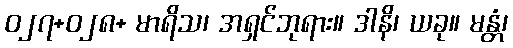
ဝ၂၇+ဝ၂၈+ မာရိသ၊ အရှင်ဘုရား။ ဒါနိ၊ ယခု။ မန္တံ၊